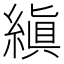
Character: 縝